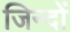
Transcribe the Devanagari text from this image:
जिन्दों